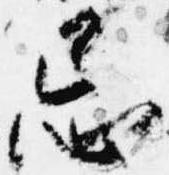
忌